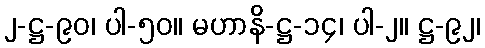
၂-ဋ္ဌ-၉၀၊ ပါ-၅၀။ မဟာနိ-ဋ္ဌ-၁၄၊ ပါ-၂။ ဋ္ဌ-၉၂၊